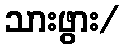
သားဖွား/